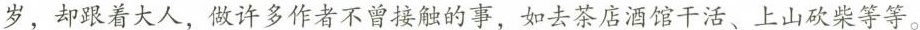
罗，却跟着大人，做作者不曾接触的事，如去茶店酒馆干活、上山砍柴等等